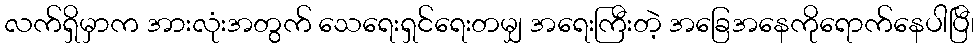
လက်ရှိမှာက အားလုံးအတွက် သေရေးရှင်ရေးတမျှ အရေးကြီးတဲ့ အခြေအနေကိုရောက်နေပါပြီ၊